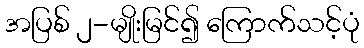
အပြစ် ၂-မျိုးမြင်၍ ကြောက်သင့်ပုံ